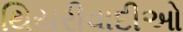
થિયરીવાદીઓ